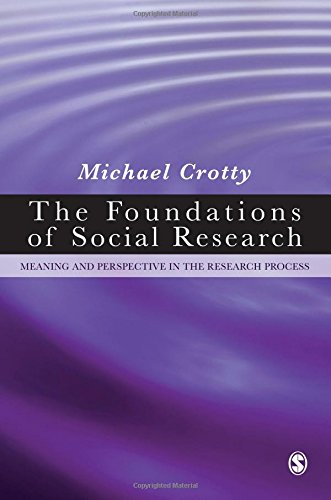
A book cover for The Foundations of Social Research: Meaning and Perspective in the Research Process; Michael J Crotty; Science & Math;